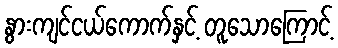
နွားကျင်ငယ်ကောက်နှင့် တူသောကြောင့်